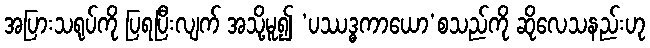
အပြားသရုပ်ကို ပြရပြီးလျက် အသို့မူ၍ ‘ပဿဒ္ဓကာယော’စသည်ကို ဆိုလေသနည်းဟု